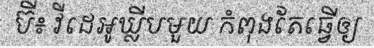
ប៊ី៖ វីដេអូឃ្លីបមួយ កំពុងតែធ្វើឲ្យ